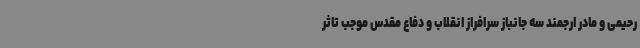
رحیمی و مادر ارجمند سه جانباز سرافراز انقلاب و دفاع مقدس موجب تاثر